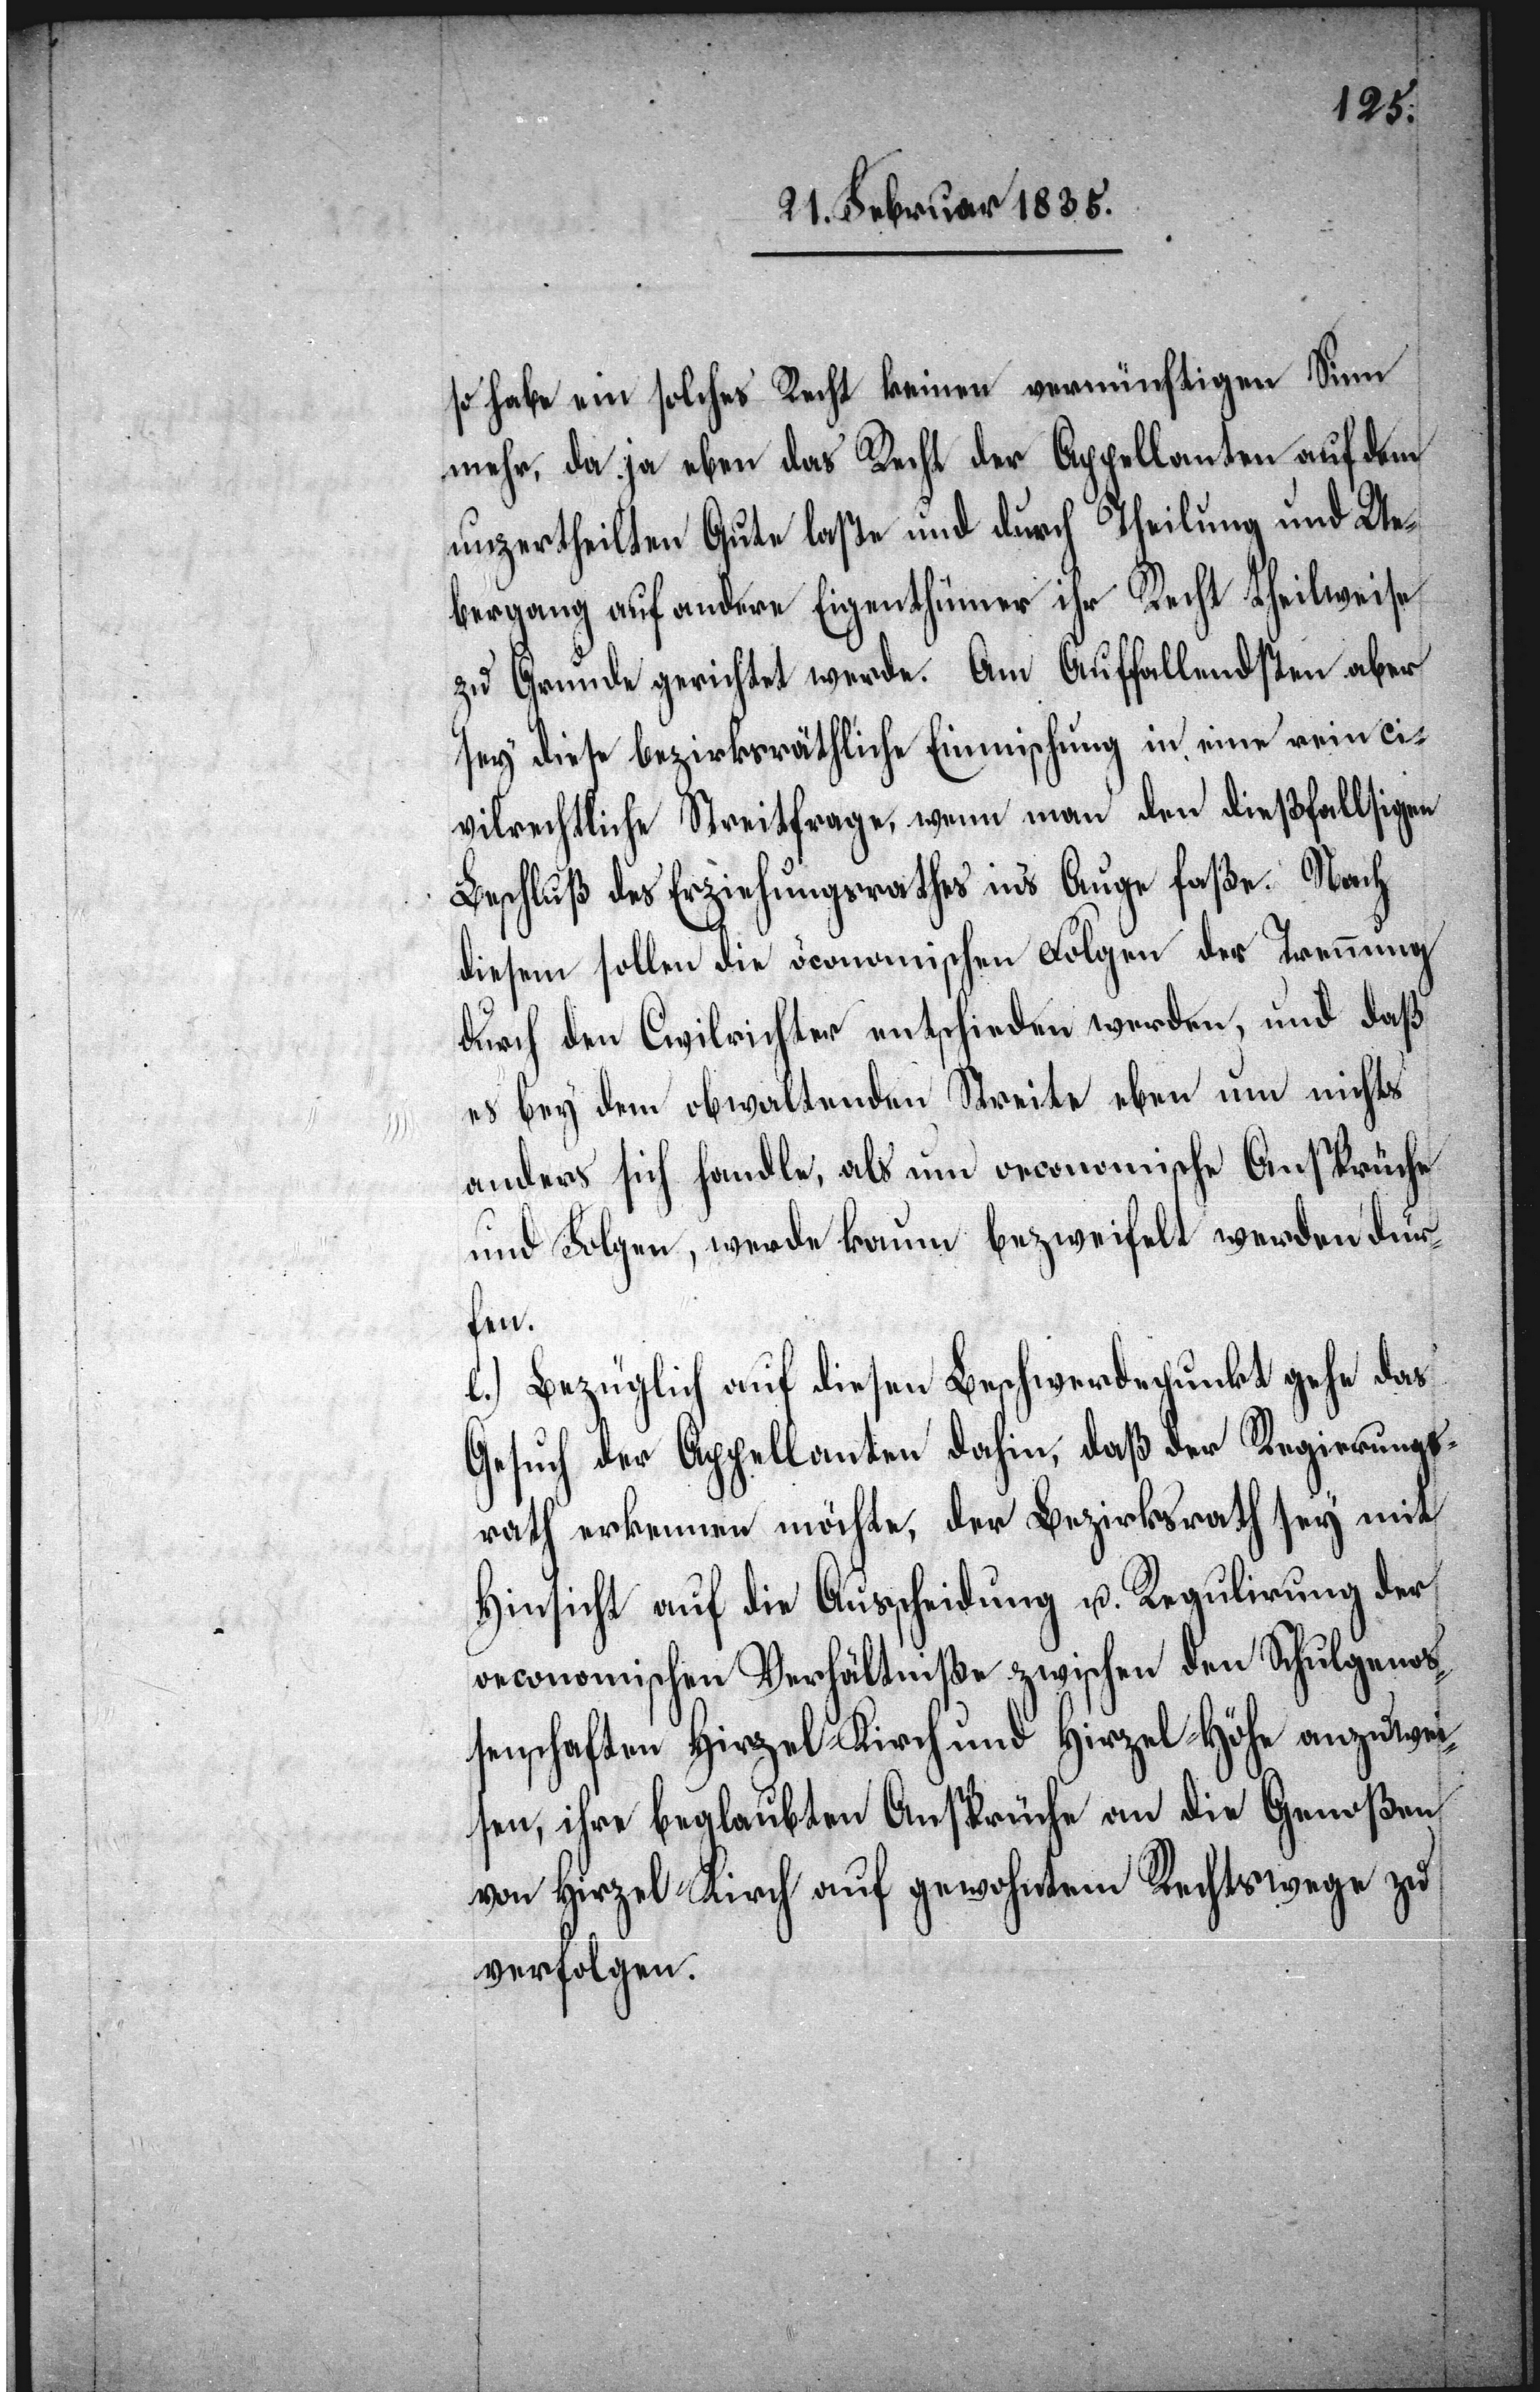
so habe ein solches Recht keinen vernünftigen Sinn
mehr, da ja eben das Recht der Appellanten auf dem
unzertheilten Gute laste und durch Theilung und Ue¬
bergang auf andere Eigenthümer ihr Recht theilweise
zu Grunde gerichtet werde. Am auffallendsten aber
sey diese bezirksräthliche Einmischung in eine rein ci¬
vilrechtliche Streitfrage, wenn man den dießfallsigen
Beschluß des Erziehungsrathes ins Auge faße. Nach
diesem sollen die öconomischen Folgen der Trennung
durch den Civilrichter entschieden werden, und daß
es bey dem obwaltenden Streite eben um nichts
anderes sich handle, als um oeconomische Ansprüche
und Folgen, werde kaum bezweifelt werden dür¬
fen.
e.) Bezüglich auf diesen Beschwerdepunkt gehe das
Gesuch der Appellanten dahin, daß der Regierungs¬
rath erkennen möchte, der Bezirksrath sey mit
Hinsicht auf die Ausscheidung u. Regulirung der
oeconomischen Verhältniße zwischen den Schulgenoß¬
enschaften Hirzel-Kirch und Hirzel-Höhe anzuwei¬
sen, ihre beglaubten Ansprüche an die Genoßen
von Hirzel-Kirch auf gewohntem Rechtswege zu
verfolgen.